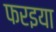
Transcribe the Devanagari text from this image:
फरइया